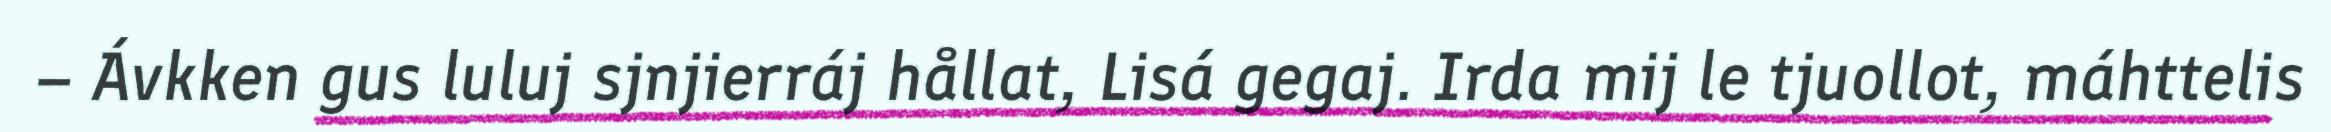
– Ávkken gus luluj sjnjierráj hållat, Lisá gegaj. Irda mij le tjuollot, máhttelis